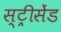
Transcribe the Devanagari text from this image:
स्ट्रीसेंड